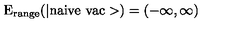
\mathrm { E _ { r a n g e } ( | n a i v e \ v a c > ) } = ( - \infty , \infty )